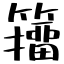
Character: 籒